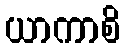
ယာကာစိ